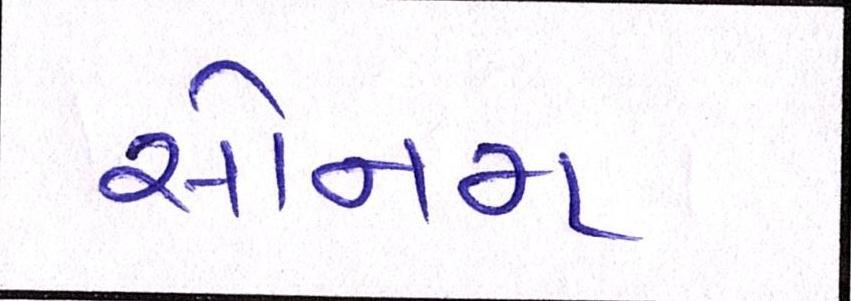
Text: સોનમ